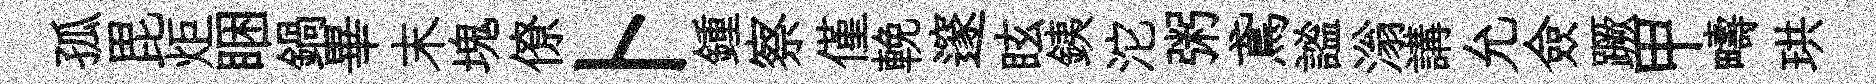
孤毘炬睏鍋畢末塊僚卜鍾察僅輓邃眩銕沱粥鳶謐滃講允僉蹶甲疇珙